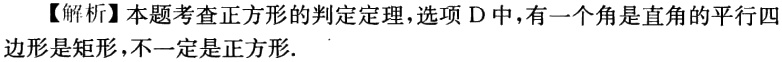
【解析】本题考查正方形的判定定理，选项 D 中，有一个角是直角的平行四边形是矩形，不一定是正方形.